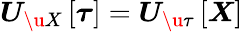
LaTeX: \boldsymbol{U}_{\u{X}}\left[\boldsymbol{\tau}\right]=\boldsymbol{U}_{\u{\tau}}\left[\boldsymbol{X}\right]